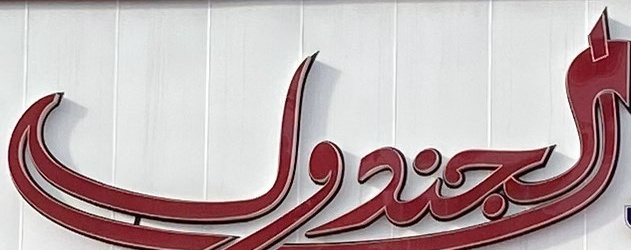
الجندول